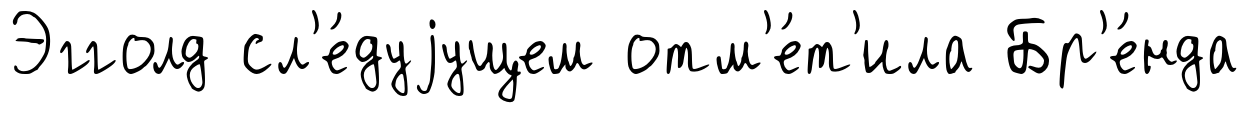
Эгголд сл'е́дуjущем отм'е́т'ила Бр'е́нда